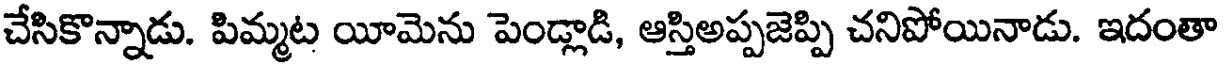
చేసికొన్నాడు. పిమ్మట యీమెను పెండ్లాడి, ఆస్తిఅప్పజెప్పి చనిపోయినాడు. ఇదంతా